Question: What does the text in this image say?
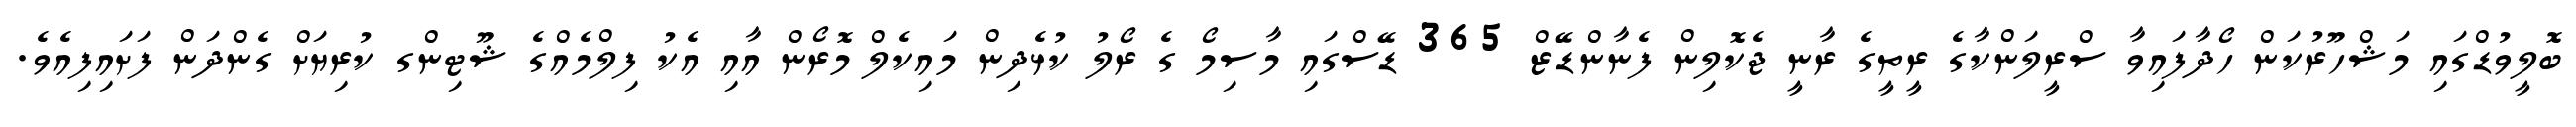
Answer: ބޮލީވުޑްގައި މަޝްހޫރުކަން ހޯދާފައިވާ ސްރީލަންކާގެ ރީތީގެ ރާނީ ޖެކޮލިން ފެނާންޑޭޒް 365 ޑޭސްގައި މާސިމޯ ގެ ރޯލު ކުޅެދިން މައިކެލް މޮރޯން އާއި އެކު ފިލްމެއްގެ ޝޫޓިންގ ކުރިޔަށް ގެންދަން ފަށައިފިއެވެ.